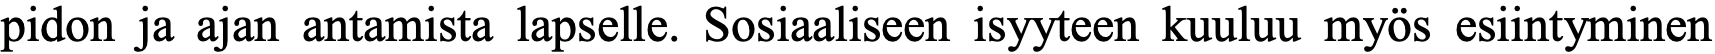
pidon ja ajan antamista lapselle. Sosiaaliseen isyyteen kuuluu myös esiintyminen